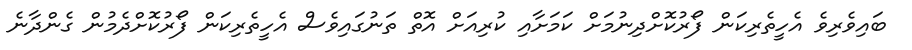
ބައިވެރިވެ އެހީތެރިކަން ފޯރުކޮށްދިނުމަށް ކަމަށާއި ކުރިއަށް އޮތް ތަނުގައިވެސް އެހީތެރިކަން ފޯރުކޮށްދެމުން ގެންދާނެ